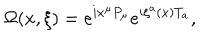
\Omega ( x , \xi ) = e ^ { i x ^ { \mu } P _ { \mu } } e ^ { i \xi ^ { a } ( x ) T _ { a } } ,